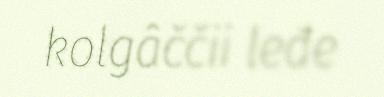
kolgâččii leđe